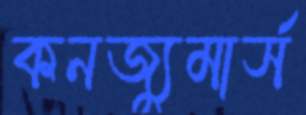
কনজ্যুমার্স